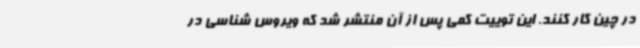
در چین کار کنند. این توییت کمی پس از آن منتشر شد که ویروس شناسی در